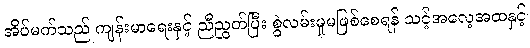
အိပ်မက်သည် ကျန်းမာရေးနှင့် ညီညွတ်ပြီး စွဲလမ်းမှုမဖြစ်စေရန် သင့်အလေ့အထနှင့်